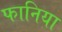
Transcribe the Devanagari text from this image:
फानिया